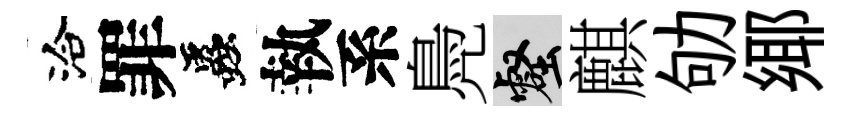
洽罪蟲執系鳧壑麒劬鄊